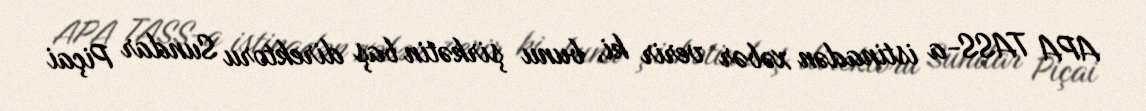
APA TASS-a istinadən xəbər verir ki, bunu şirkətin baş direktoru Sundar Piçai